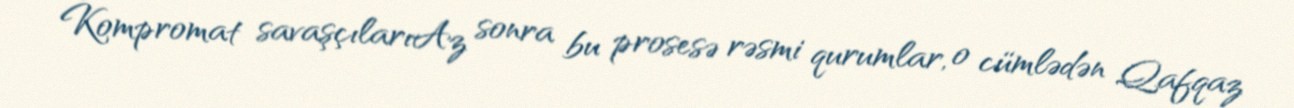
Kompromat savaşçılarıAz sonra bu prosesə rəsmi qurumlar, o cümlədən Qafqaz